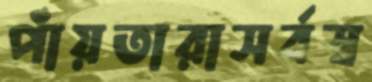
পাঁয়তারাসর্বস্ব